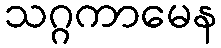
သဂ္ဂကာမေန